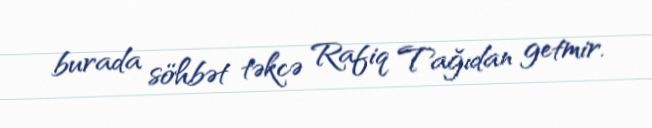
burada söhbət təkcə Rafiq Tağıdan getmir.